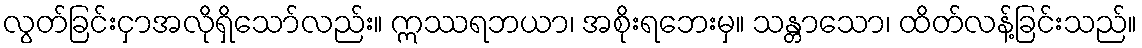
လွတ်ခြင်းငှာအလိုရှိသော်လည်း။ ဣဿရဘယာ၊ အစိုးရဘေးမှ။ သန္တာသော၊ ထိတ်လန့်ခြင်းသည်။